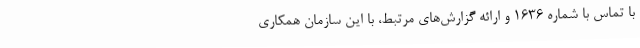
با تماس با شماره ۱۶۳۶ و ارائه گزارش‌های مرتبط، با این سازمان همکاری